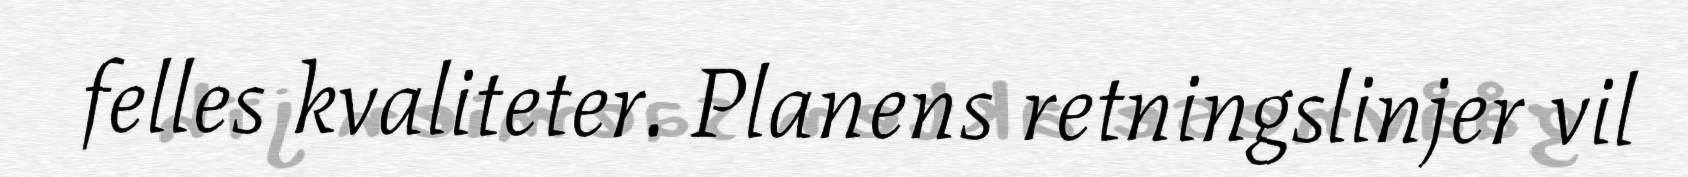
felles kvaliteter. Planens retningslinjer vil